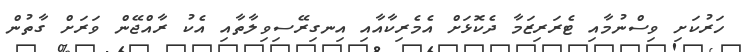
ހަރުކަށި ވިސްނުމާއި ޓެރަރިޒަމާ ދެކޮޅަށް އެމެރިކާއާއި އިނގިރޭސިވިލާތާއި އެކު ރާއްޖޭން ވަރަށް ގާތުން